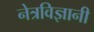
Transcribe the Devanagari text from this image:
नेत्रविज्ञानी